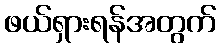
ဖယ်ရှားရန်အတွက်